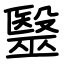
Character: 毉